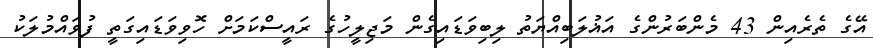
އޭގެ ތެރެއިން 43 މެންބަރުންގެ އަޣުލަބިއްޔަތު ލިބިވަޑައިގެން މަޖިލީހުގެ ރައީސްކަމަށް ހޮވިވަޑައިގަތީ ފުވައްމުލަކު